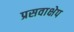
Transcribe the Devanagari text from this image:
प्रसवाक्षेप